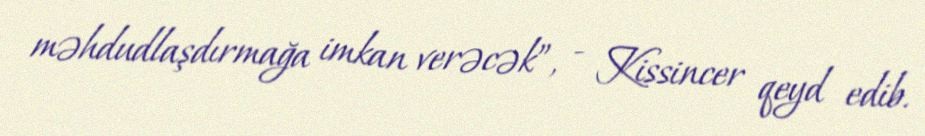
məhdudlaşdırmağa imkan verəcək”, - Kissincer qeyd edib.